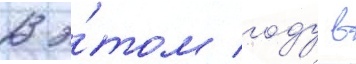
В э́том году в